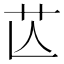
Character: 𦬆